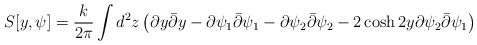
\begin{align*} S[y,\psi]=\frac{k}{2\pi}\int d^{2}z \left(\partial y \bar{\partial}y-\partial\psi_{1} \bar{\partial}\psi_{1}-\partial\psi_{2}\bar{\partial}\psi_{2}- 2\cosh{2y} \partial\psi_{2}\bar{\partial}\psi_{1}\right)\end{align*}